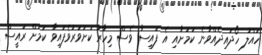
ހައްލު ހޯދައިދެއްވާނެ ކަމަށާއި އެ ފައިސާ ވެސް މިހާރު ކަށަވަރުވެފައިވާ ކަމަށް ރައީސް